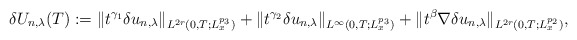
\begin{align*}\delta U_{n,\lambda}(T):= \|t^{\gamma_1}\delta u_{n,\lambda}\|_{L^{2r}(0,T;L^{p_3}_x)}+\|t^{\gamma_2}\delta u_{n,\lambda}\|_{L^{\infty}(0,T;L^{p_3}_x)}+\|t^{\beta}\nabla \delta u_{n,\lambda}\|_{L^{2r}(0,T;L^{p_2}_x)},\end{align*}